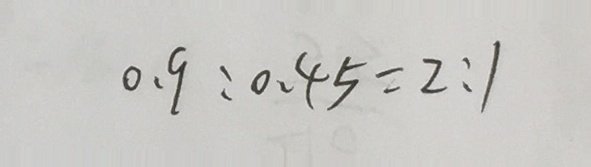
0 . 9 : 0 . 4 5 = 2 : 1